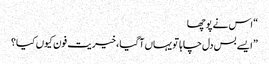
“ اس نے پوچھا
” ایسے بس دل چاہا تو یہاں آگیا ،خیریت فون کیوں کیا؟